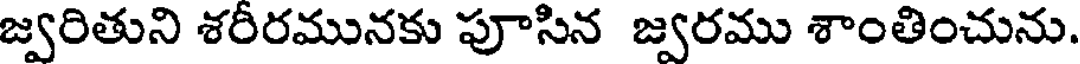
జ్వరితుని శరీరమునకు పూసిన జ్వరము శాంతించును.